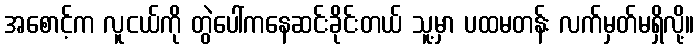
အစောင့်က လူငယ်ကို တွဲပေါ်ကနေဆင်းခိုင်းတယ် သူ့မှာ ပထမတန်း လက်မှတ်မရှိလို့။